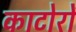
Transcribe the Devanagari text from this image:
काटोरों